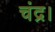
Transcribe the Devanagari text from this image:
चंद्र।